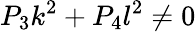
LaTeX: P_{3}k^{2}+P_{4}l^{2}\ne 0